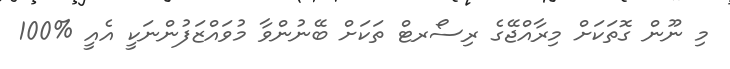
މި ނޫން ގޮތަކަށް މިރާއްޖޭގެ ރިސޯރޓް ތަކަށް ބޭނުންވާ މުވައްޒަފުންނަކީ އެއީ %100